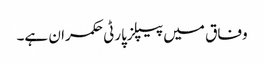
وفاق میں پیپلزپارٹی حکمران ہے۔